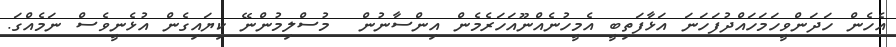
އެހެން ހަދަންވީހަމަހައްދުފަހަނަ އަޅާފަތިބީ އެމީހުނެއްނޫއަހަރެމެން އިންސާނުން  މުސްލިމުންނޭ ކިޔައިގެން އުޅެނީވެސް ނަމެއްގަ.